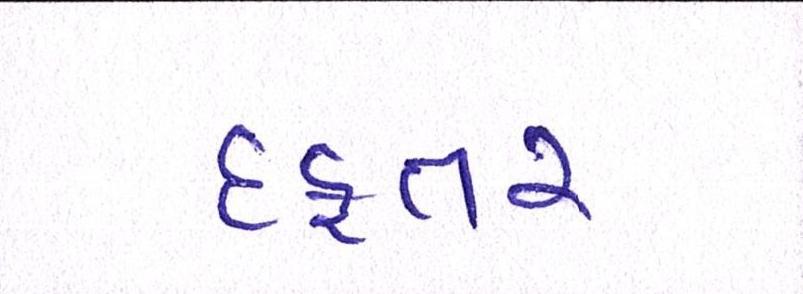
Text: દફતર